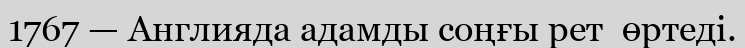
1767 — Англияда адамды соңғы рет  өртеді.